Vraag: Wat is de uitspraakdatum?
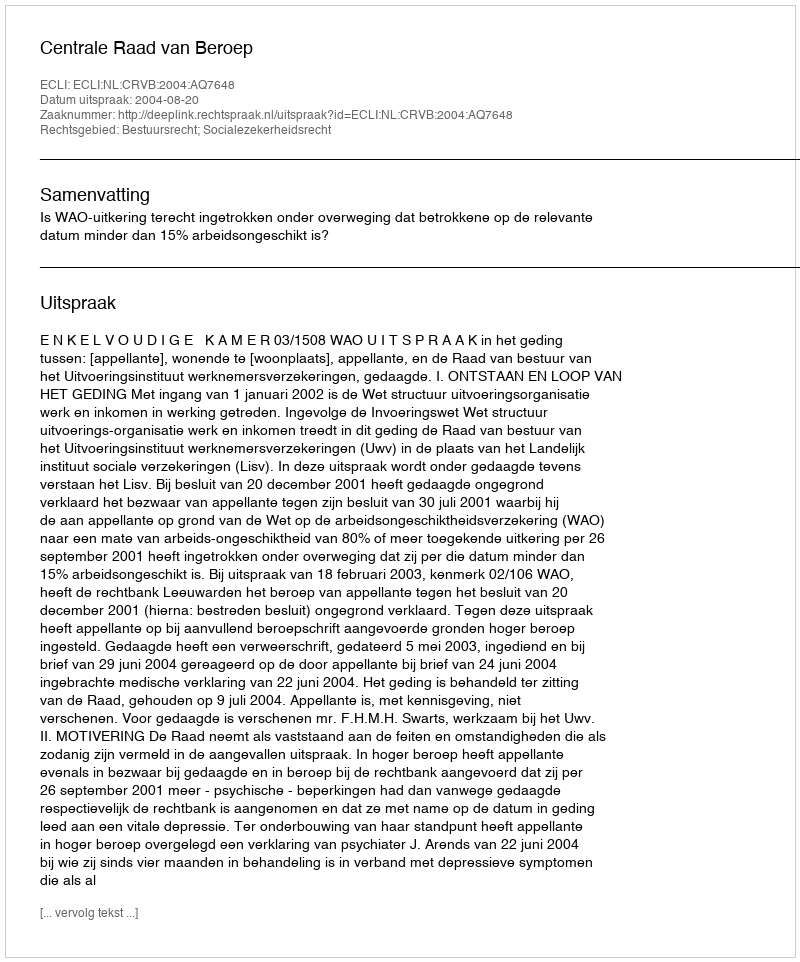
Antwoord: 2004-08-20